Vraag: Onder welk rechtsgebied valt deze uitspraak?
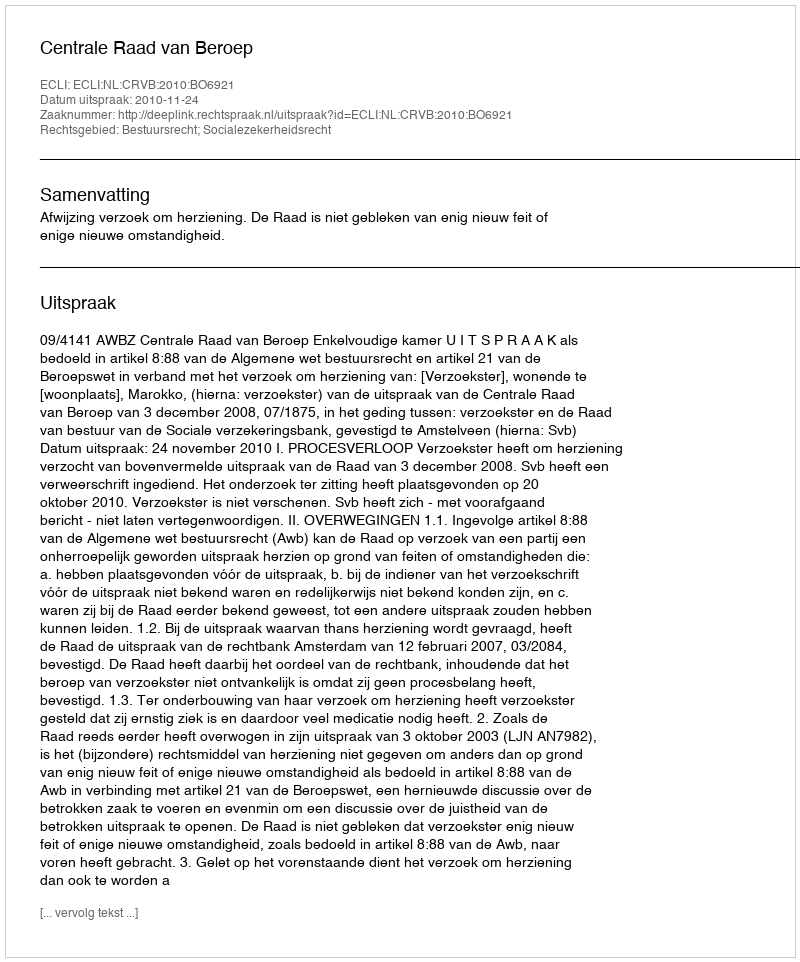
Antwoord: Bestuursrecht; Socialezekerheidsrecht